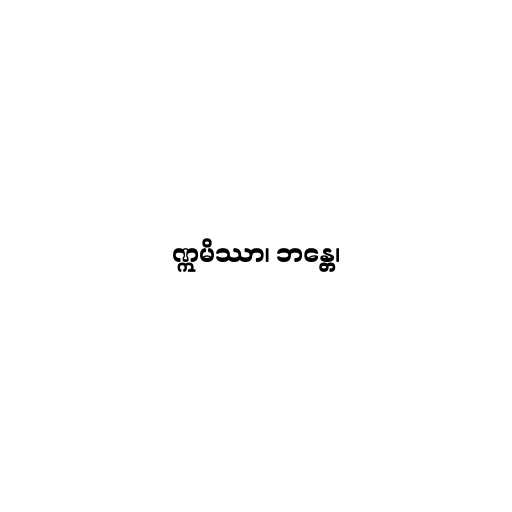
ဣမိဿာ၊ ဘန္တေ၊